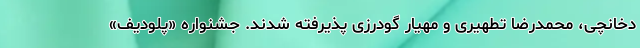
دخانچی، محمدرضا تطهیری و مهیار گودرزی پذیرفته شدند. جشنواره «پلودیف»